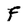
Character: f